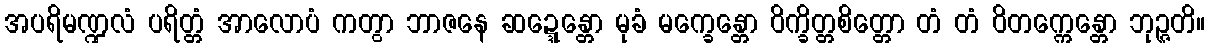
အပရိမဏ္ဍလံ ပရိတ္တံ အာလောပံ ကတွာ ဘာဇနေ ဆဍ္ဍေန္တော မုခံ မက္ခေန္တော ဝိက္ခိတ္တစိတ္တော တံ တံ ဝိတက္ကေန္တော ဘုဉ္ဇတိ။